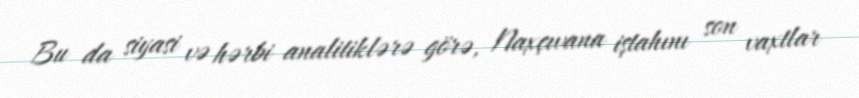
Bu da siyasi və hərbi analitiklərə görə, Naxçıvana iştahını son vaxtlar